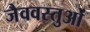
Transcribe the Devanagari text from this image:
जैववस्तुओं